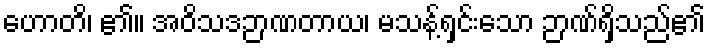
ဟောတိ၊ ၏။ အဝိသဒဉာဏတာယ၊ မသန့်ရှင်းသော ဉာဏ်ရှိသည်၏